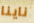
ناينا